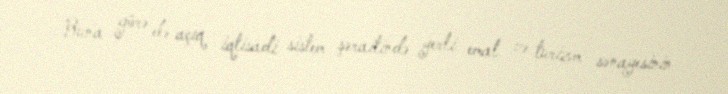
Buna görə də açıq iqtisadi sistem şəraitində yerli emal və turizm sənayesinin